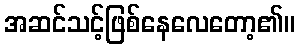
အဆင်သင့်ဖြစ်နေလေတော့၏။